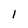
Character: l